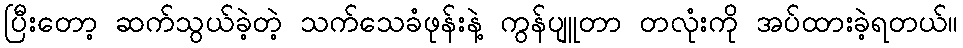
ပြီးတော့ ဆက်သွယ်ခဲ့တဲ့ သက်သေခံဖုန်းနဲ့ ကွန်ပျူတာ တလုံးကို အပ်ထားခဲ့ရတယ်။